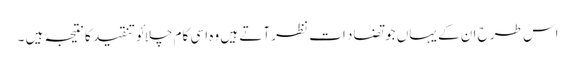
اس طرح ان کے یہاں جو تضاد ات نظر آتے ہیں وہ اسی کام چلائو تنقید کا نتیجہ ہیں ۔